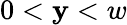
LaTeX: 0<\mathbf{y}<w